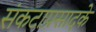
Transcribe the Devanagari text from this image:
संकटाप्रसादके